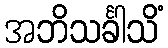
အဘိသင်္ခါသိံ